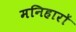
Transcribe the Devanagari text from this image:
मनिहारों